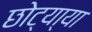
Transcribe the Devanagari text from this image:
छोट्या्या